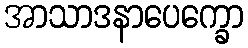
အာသာဒနာပေက္ခော